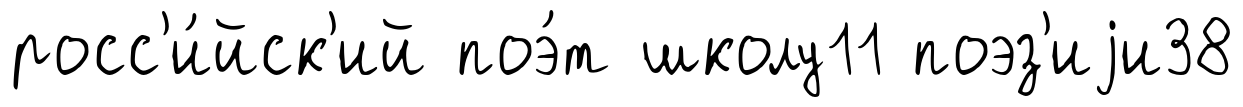
росс'и́йск'ий поэ́т школу11 поэз'иjи38